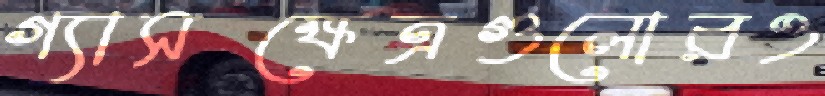
গ্যাসক্ষেত্রগুলোরও